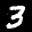
Label: 3